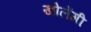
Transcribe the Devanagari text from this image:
खोलेंगी